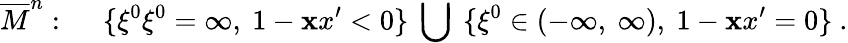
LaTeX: \overline{{{M}}}^{n}:~~~~~\{ \xi^{0}\xi^{0}=\infty,~1-{\mathbf xx}^{\prime}<0\} ~\bigcup~\{ \xi^{0}\in(-\infty,~\infty),~1-{\mathbf xx}^{\prime}=0\} ~.